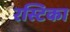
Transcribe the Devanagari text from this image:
रस्टिका